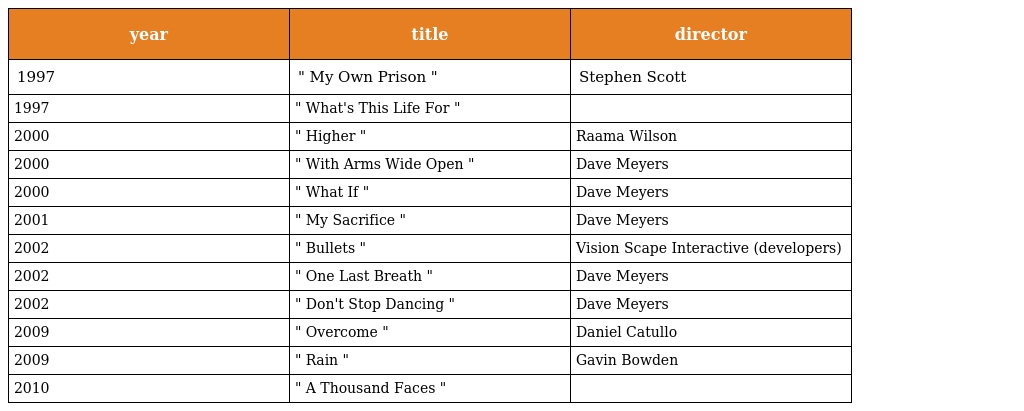
| year | title | director |
 | --- | --- | --- |
 | 1997 | " My Own Prison " | Stephen Scott |
 | 1997 | " What's This Life For " |  |
 | 2000 | " Higher " | Raama Wilson |
 | 2000 | " With Arms Wide Open " | Dave Meyers |
 | 2000 | " What If " | Dave Meyers |
 | 2001 | " My Sacrifice " | Dave Meyers |
 | 2002 | " Bullets " | Vision Scape Interactive (developers) |
 | 2002 | " One Last Breath " | Dave Meyers |
 | 2002 | " Don't Stop Dancing " | Dave Meyers |
 | 2009 | " Overcome " | Daniel Catullo |
 | 2009 | " Rain " | Gavin Bowden |
 | 2010 | " A Thousand Faces " |  |